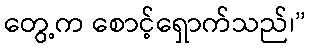
တွေ့က စောင့်ရှောက်သည်၊”